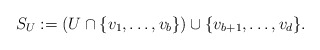
\begin{align*}S_U := (U \cap \{v_1, \ldots, v_b\}) \cup \{ v_{b+1}, \ldots, v_{d}\}.\end{align*}